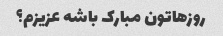
روزهاتون مبارک باشه عزیزم؟